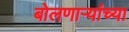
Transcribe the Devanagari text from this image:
बोलणार्‍यांच्या